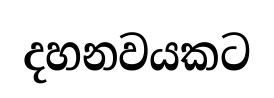
දහනවයකට